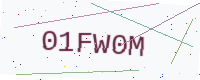
Text: 01FW0M